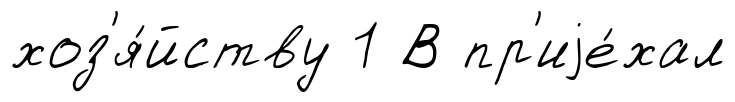
хоз'я́йству 1 В пр'иjе́хал